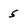
Character: 5